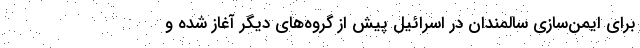
برای ایمن‌سازی سالمندان در اسرائیل پیش از گروه‌های دیگر آغاز شده و